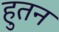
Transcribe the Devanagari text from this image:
हुतन